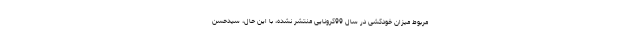
مربوط میزان خودکشی در سال 99کرونایی منتشر نشده، با این حال، سیدحسن